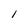
Character: l